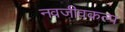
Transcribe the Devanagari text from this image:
नवजीवकल्प